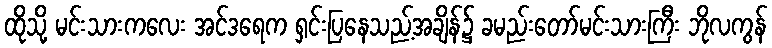
ထိုသို့ မင်းသားကလေး အင်ဒရေက ရှင်းပြနေသည့်အချိန်၌ ခမည်းတော်မင်းသားကြီး ဘိုလကွန်